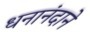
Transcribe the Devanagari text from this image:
धनानंदाने